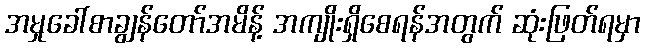
အမှုခေါ်စာချွန်တော်အမိန့် အကျိုးရှိစေရန်အတွက် ဆုံးဖြတ်ရမှာ